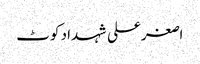
اصغرعلی شہداد کوٹ